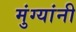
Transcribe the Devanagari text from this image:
मुंग्यांनी